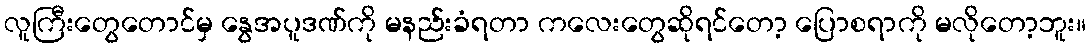
လူကြီးတွေတောင်မှ နွေအပူဒဏ်ကို မနည်းခံရတာ ကလေးတွေဆိုရင်တော့ ပြောစရာကို မလိုတော့ဘူး။